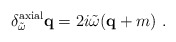
\begin{align*}\delta_{\tilde \omega}^{\rm axial} {\mathbf q} = 2 i \tilde \omega ({\mathbf q} + m) \ .\end{align*}